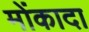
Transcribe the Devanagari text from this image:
मोंकादा